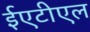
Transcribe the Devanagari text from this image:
ईएटीएल